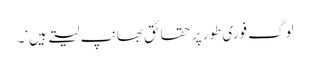
لوگ فوری طور پر حقائق بھانپ لیتے ہیں‘۔